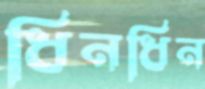
ধিনধিন